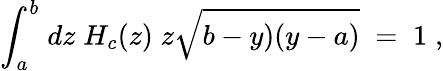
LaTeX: {\int}_{a}^{b}\; dz\; H_{c}(z)\; z\sqrt{b-y)(y-a)}\; =\; 1\; ,